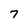
Character: 7